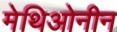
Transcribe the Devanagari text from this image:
मेथिओनीन